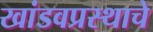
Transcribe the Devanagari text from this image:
खांडवप्रस्थाचे